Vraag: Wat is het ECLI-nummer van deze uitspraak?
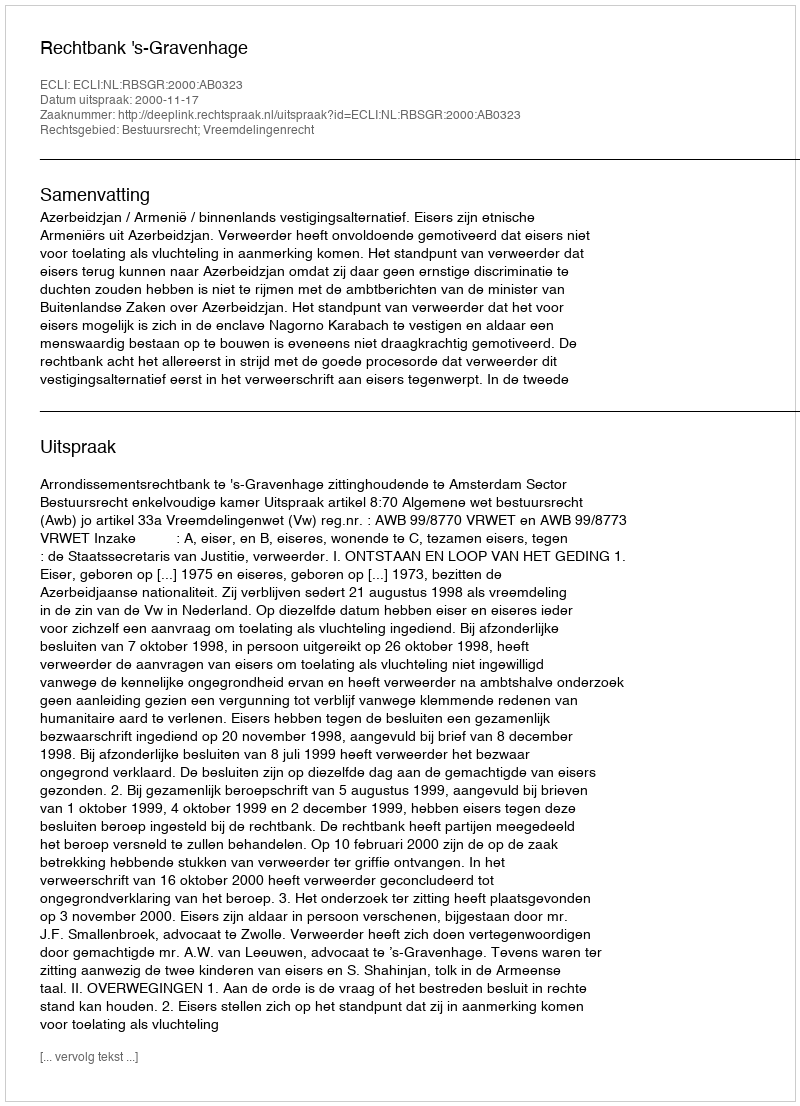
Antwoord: ECLI:NL:RBSGR:2000:AB0323